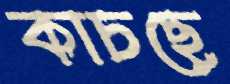
কাচছে